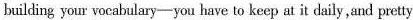
building your vocabulary—you have to keep at it daily, and pretty